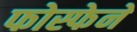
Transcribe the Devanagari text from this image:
फोस्फेने